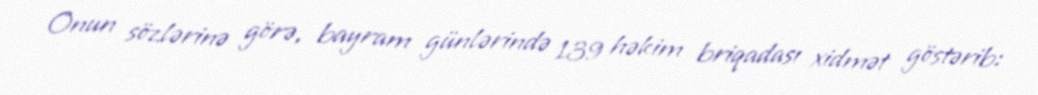
Onun sözlərinə görə, bayram günlərində 139 həkim briqadası xidmət göstərib: